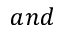
a n d